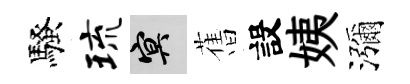
騷琉冥𦾔設姨瀰